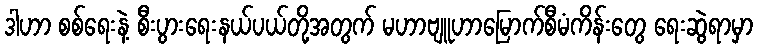
ဒါဟာ စစ်ရေးနဲ့ စီးပွားရေးနယ်ပယ်တို့အတွက် မဟာဗျူဟာမြောက်စီမံကိန်းတွေ ရေးဆွဲရာမှာ